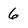
Character: 6